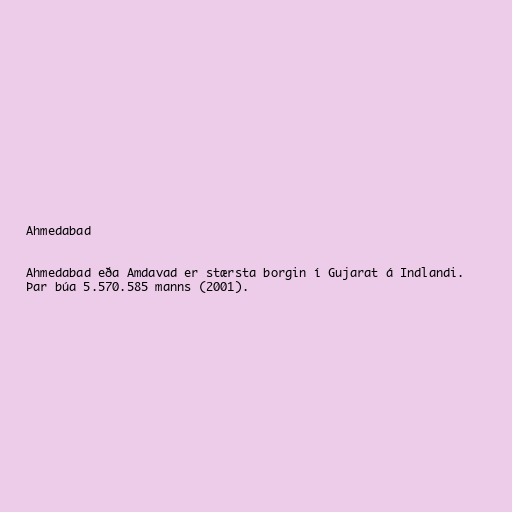
Ahmedabad

Ahmedabad eða Amdavad er stærsta borgin í Gujarat á Indlandi.
Þar búa 5.570.585 manns (2001).